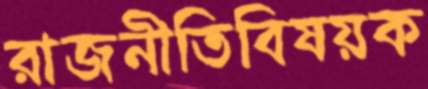
রাজনীতিবিষয়ক